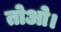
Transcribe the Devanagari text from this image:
तोओ।